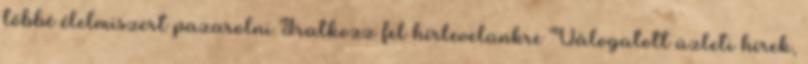
többé élelmiszert pazarolni Iratkozz fel hírlevelünkre Válogatott üzleti hírek,